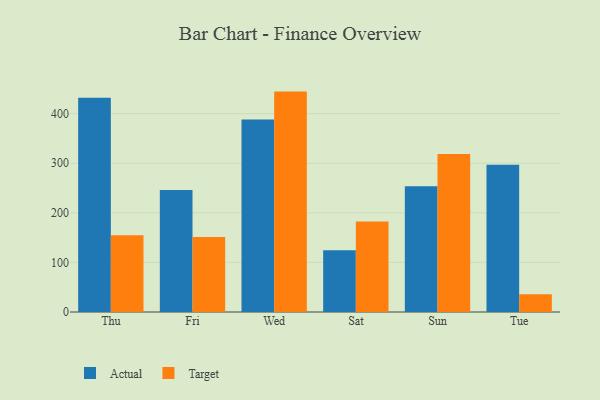
{"axis": {"x": "Day", "y": "Satisfaction Score"}, "legend": ["Actual", "Target"], "data": [{"x": "Thu", "y": 432.0, "type": "Actual"}, {"x": "Thu", "y": 154.9, "type": "Target"}, {"x": "Fri", "y": 245.8, "type": "Actual"}, {"x": "Fri", "y": 151.4, "type": "Target"}, {"x": "Wed", "y": 388.0, "type": "Actual"}, {"x": "Wed", "y": 444.5, "type": "Target"}, {"x": "Sat", "y": 124.5, "type": "Actual"}, {"x": "Sat", "y": 182.5, "type": "Target"}, {"x": "Sun", "y": 253.8, "type": "Actual"}, {"x": "Sun", "y": 318.8, "type": "Target"}, {"x": "Tue", "y": 296.9, "type": "Actual"}, {"x": "Tue", "y": 36.0, "type": "Target"}]}